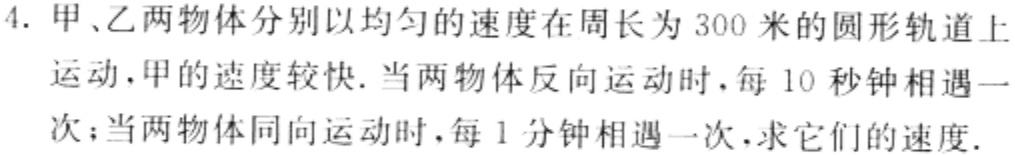
4. 甲、乙两物体分别以均匀的速度在周长为 300 米的圆形轨道上运动，甲的速度较快. 当两物体反向运动时，每 10 秒钟相遇一次；当两物体同向运动时，每 1 分钟相遇一次，求它们的速度.